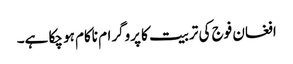
افغان فوج کی تربیت کا پروگرام ناکام ہو چکا ہے۔